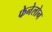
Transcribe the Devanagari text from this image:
फेनेलोन